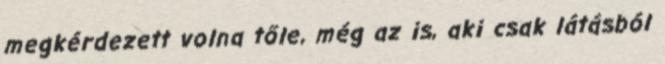
megkérdezett volna tőle, még az is, aki csak látásból